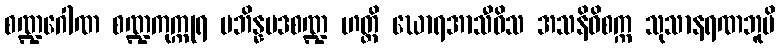
စဏ္ဍဂေါဏ စဏ္ဍကုက္ကုရ ပဘိန္နမဒစဏ္ဍ ဟတ္ထိ ဃောရအာသီဝိသ အသနိဝိစက္က သုသာနရဏဘူမိ